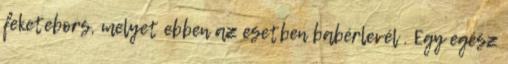
feketebors, melyet ebben az esetben babérlevél . Egy egész